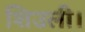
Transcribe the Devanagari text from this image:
शिउली।